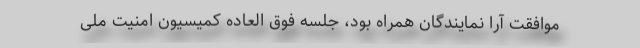
موافقت آرا نمایندگان همراه بود، جلسه فوق العاده کمیسیون امنیت ملی